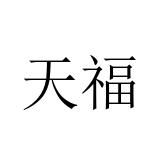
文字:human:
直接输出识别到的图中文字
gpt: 天福